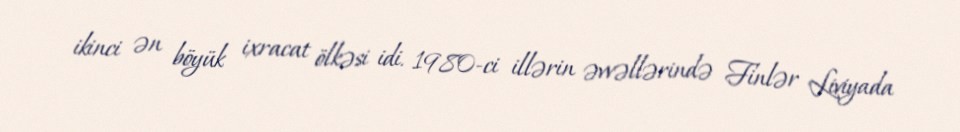
ikinci ən böyük ixracat ölkəsi idi. 1980-ci illərin əvvəllərində Finlər Liviyada